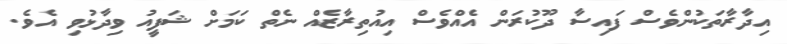
އިދާރާތަކުންވެސް ފައިސާ ދޫކުރަން އެއްވެސް އިއުތިރާޒެއް ނެތް ކަމަށް ޝަފީއު ވިދާޅުވި އެވެ.